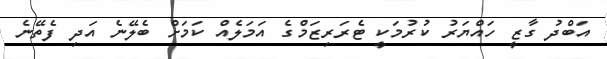
އަބްދު ގާޒީ ހައްޔަރު ކުރުމަކީ ޓެރަރިޒަމްގެ އަމަލެއް ކަމަށް ބެލޭނެ އަދި ފެތޭނެ